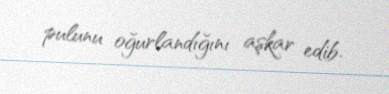
pulunu oğurlandığını aşkar edib.